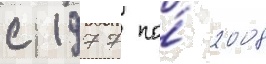
с 1977 по́ 2008